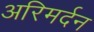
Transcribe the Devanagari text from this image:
अरिमर्दन